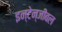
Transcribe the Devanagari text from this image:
इन्टेन्जीबल